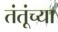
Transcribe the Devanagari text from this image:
तंतूंच्या